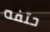
حتفه